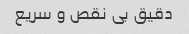
دقیق بی نقص و سریع